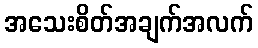
အသေးစိတ်အချက်အလက်